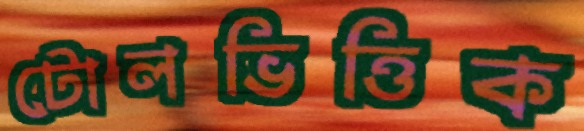
টোলভিত্তিক